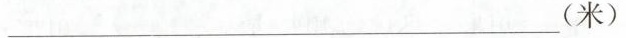
___(米)